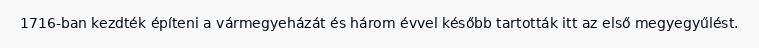
1716-ban kezdték építeni a vármegyeházát és három évvel később tartották itt az első megyegyűlést.